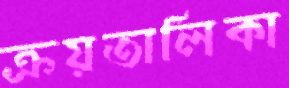
ক্রয়তালিকা